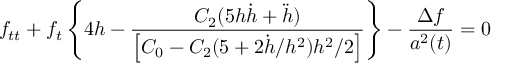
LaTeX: f _ { t t } + f _ { t } \left\{ 4 h - \frac { C _ { 2 } ( 5 h \dot { h } + \ddot { h } ) } { \left[ C _ { 0 } - C _ { 2 } ( 5 + 2 \dot { h } / h ^ { 2 } ) h ^ { 2 } / 2 \right] } \right\} - \frac { \Delta f } { a ^ { 2 } ( t ) } = 0